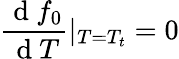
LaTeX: \frac{\mathrm{~d~}f_{0}}{\mathrm{~d~}T}|_{T=T_{t}}=0